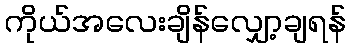
ကိုယ်အလေးချိန်လျှော့ချရန်